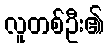
လူတစ်ဦး၏